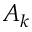
A _ { k }